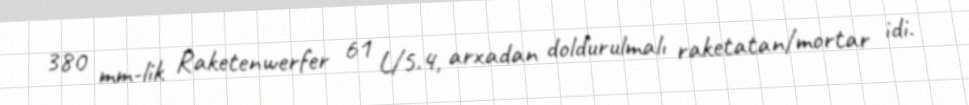
380 mm-lik Raketenwerfer 61 L/5.4, arxadan doldurulmalı raketatan/mortar idi.